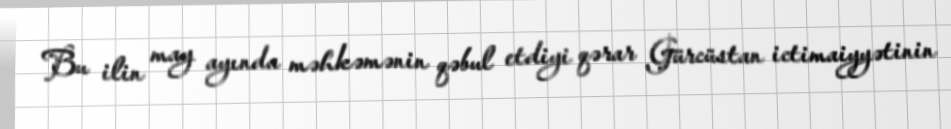
Bu ilin may ayında məhkəmənin qəbul etdiyi qərar Gürcüstan ictimaiyyətinin